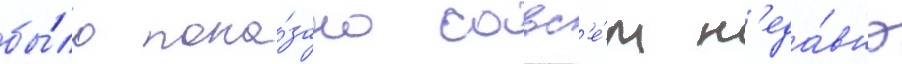
бы́ло пока́зано совс'е́м н'еда́вно